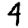
Digit: 4